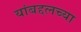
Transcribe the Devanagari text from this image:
यांबद्दलच्या